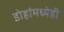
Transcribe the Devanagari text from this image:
डोहांमध्येही